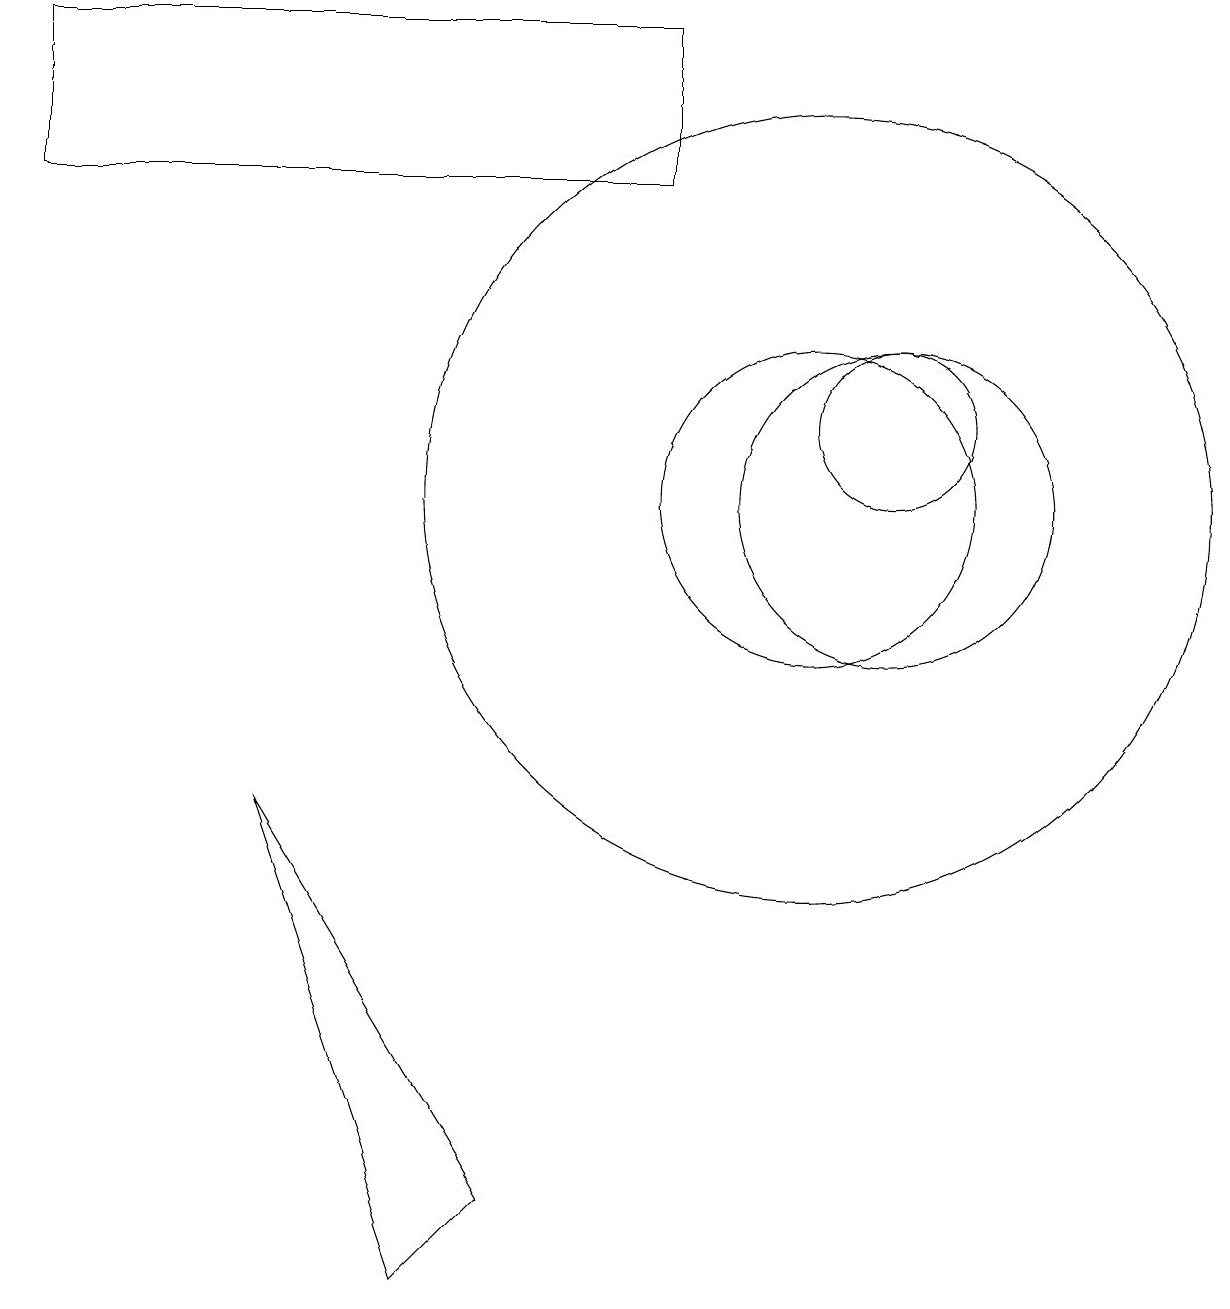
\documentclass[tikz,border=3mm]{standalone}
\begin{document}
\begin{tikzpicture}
\draw (5,1) -- (6,2) -- (3,7) -- cycle;
\draw (8,17) rectangle (0,15);
\draw (10,11) circle (5);
\draw (11,12) circle (1);
\draw (10,11) circle (2);
\draw (11,11) circle (2);
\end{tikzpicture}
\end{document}